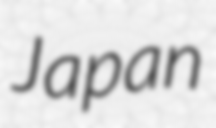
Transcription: Japan